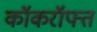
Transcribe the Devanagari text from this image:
कॉकरॉफ्त